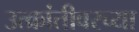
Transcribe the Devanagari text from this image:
उत्क्रांतीवरच्या